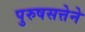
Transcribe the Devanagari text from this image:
पुरुषसत्तेने